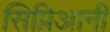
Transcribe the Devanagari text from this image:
सिप्रिआनी